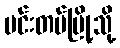
မင်းတပ်မြို့သို့